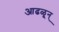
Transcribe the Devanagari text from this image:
आढळून्